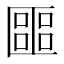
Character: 𠥡